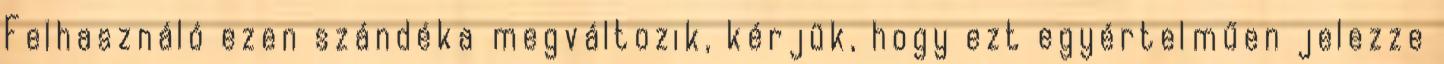
Felhasználó ezen szándéka megváltozik, kérjük, hogy ezt egyértelműen jelezze